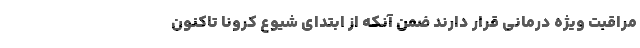
مراقبت ویژه درمانی قرار دارند ضمن آنکه از ابتدای شیوع کرونا تاکنون